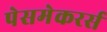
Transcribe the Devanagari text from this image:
पेसमेकरर्स